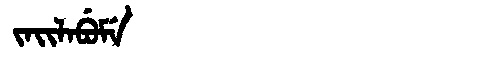
Manchu: ᠵᠠᡳᠯᠠᠪᡠᠮᡝ
Romanization: JAILABUME